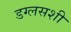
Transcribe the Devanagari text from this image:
डग्लसशी